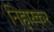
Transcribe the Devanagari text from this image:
निहारकर